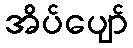
အိပ်ပျော်